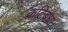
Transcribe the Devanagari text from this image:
कटिंबध